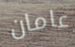
عامان